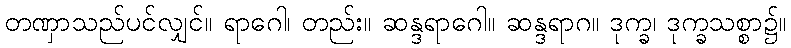
တဏှာသည်ပင်လျှင်။ ရာဂေါ၊ တည်း။ ဆန္ဒရာဂေါ။ ဆန္ဒရာဂ။ ဒုက္ခ၊ ဒုက္ခသစ္စာ၌။